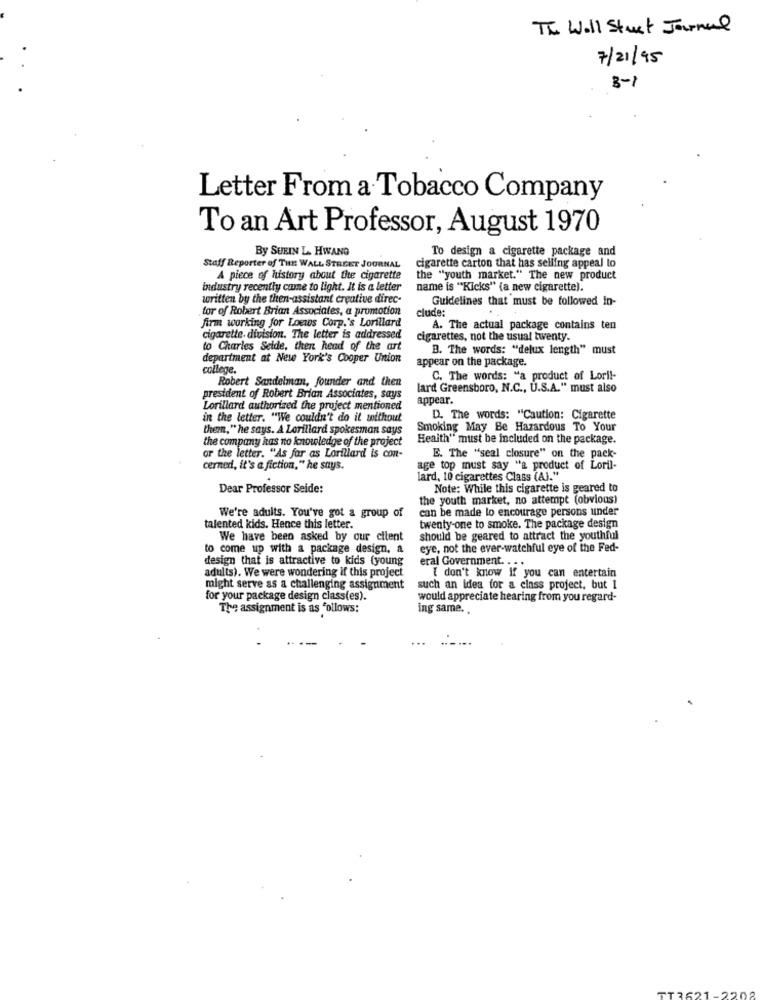
The Wall Stret Journal
7/21/95
3-1
Letter From a Tobacco Company
To an Art Professor, August 1970
By SUEIN L. HWANG
To design a cigarette package and
Staff Reporter of THE WALL STREET JOURNAL
cigarette carton that has selling appeal to
A piece of history about the cigarette
the "youth market." The new product
industry recently come to light. It is a letter
name is "Kicks" (a new cigarette).
written by the then-assistant creative direc-
Guidelines that must be followed In-
tor of Robert Brian Associates, a promotion
clude:
firm working for Loews Corp.'s Lorillard
A. The actual package contains ten
cigarette. division. The letter is addressed
cigarettes, not the usual twenty.
to Charles Seide, then head of the art
B. The words: "delux length" must
department at New York's Cooper Union
college.
appear on the package.
Robert Sandelman, founder and then
C. The words: "a product of Loril-
lard Greensboro, N.C ., U.S.A." must also
president of Robert Brian Associates, says
appear.
Lorillard authorized the project mentioned
in the letter. "We couldn't do it without
D. The words: "Caution: Cigarette
them," he says. A Lorillard spokesman says
Smoking May Be Hazardous To Your
the company has no knowledge of the project
Health" must be included on the package.
or the letter. "As far as Lorillard is con-
E. The "seal closure" on the pack-
cerned, it's a fiction," he says.
age top must say "a product of Loril-
lard, 10 cigarettes Class (A)."
Dear Professor Seide:
Note: While this cigarette is geared to
the youth market, no attempt (obvious)
can be made lo encourage persons under
We're adults. You've got a group of
talented kids. Hence this letter.
twenty-one to smoke. The package design
We have been asked by our citent
should be geared to attract the youthful
to come up with a package design. a
eye, not the ever-watchful eye of the Fed-
design that is attractive to kids (young
eral Government. . ..
adults). We were wondering if this project
I don't know If you can entertain
might serve as a challenging assignment
such an idea for a class project, but 1
for your package design class(es).
would appreciate hearing from you regard-
The assignment is as follows:
ing same ..